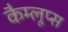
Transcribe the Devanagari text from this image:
कैम्लूप्स